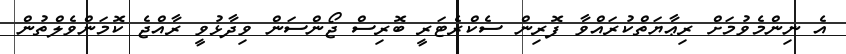
އެ ނިންމެވުމަށް ރިޢާޔަތްކުރައްވާ ފޮރިން ސެކްރެޓަރީ ބޮރިސް ޖޯންސަން ވިދާޅުވީ ރާއްޖެ ކޮމަންވެލްތުން